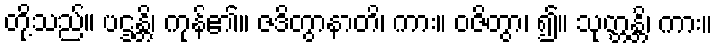
တို့သည်။ ပဌန္တိ၊ ကုန်၏။ ဇဒိတွာနာတိ၊ ကား။ ဝဇိတွာ၊ ၍။ သုတ္တန္တိ၊ ကား။